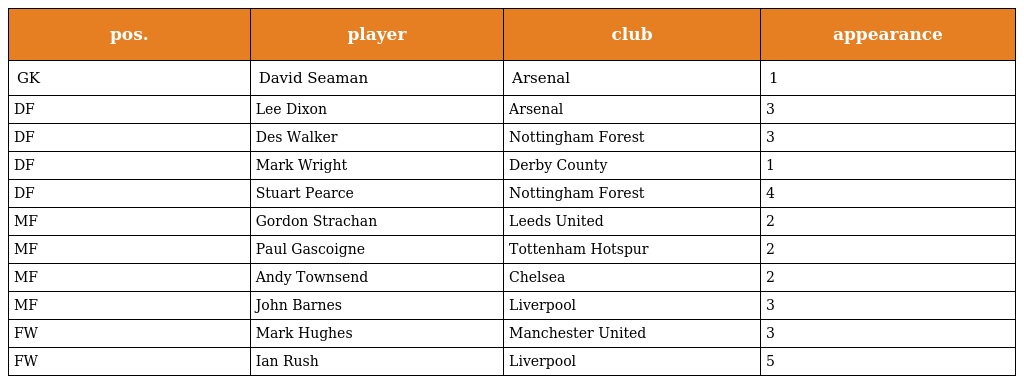
| pos. | player | club | appearance |
 | --- | --- | --- | --- |
 | GK | David Seaman | Arsenal | 1 |
 | DF | Lee Dixon | Arsenal | 3 |
 | DF | Des Walker | Nottingham Forest | 3 |
 | DF | Mark Wright | Derby County | 1 |
 | DF | Stuart Pearce | Nottingham Forest | 4 |
 | MF | Gordon Strachan | Leeds United | 2 |
 | MF | Paul Gascoigne | Tottenham Hotspur | 2 |
 | MF | Andy Townsend | Chelsea | 2 |
 | MF | John Barnes | Liverpool | 3 |
 | FW | Mark Hughes | Manchester United | 3 |
 | FW | Ian Rush | Liverpool | 5 |